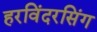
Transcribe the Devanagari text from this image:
हरविंदरसिंग